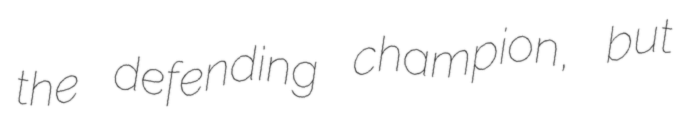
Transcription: the defending champion, but